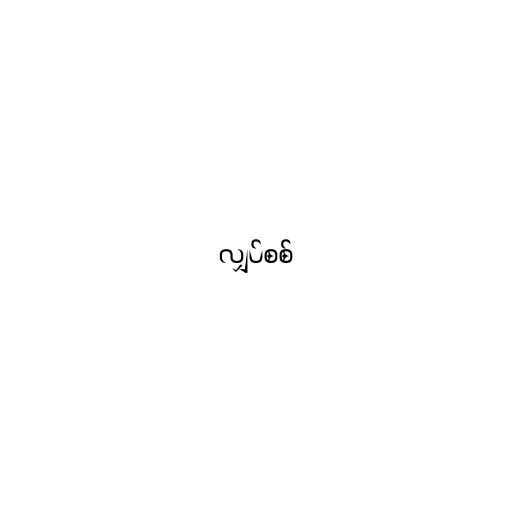
လျှပ်စစ်